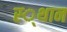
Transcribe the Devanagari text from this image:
स्‍्थान